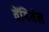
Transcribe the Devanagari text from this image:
वेंगियंस